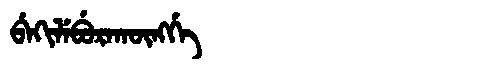
Manchu: ᠪᡝᡴᡳᠯᡝᠪᡠᡵᠠᡴᡡᠩᡤᡝ
Romanization: BEKILEBURAKŪNGGE